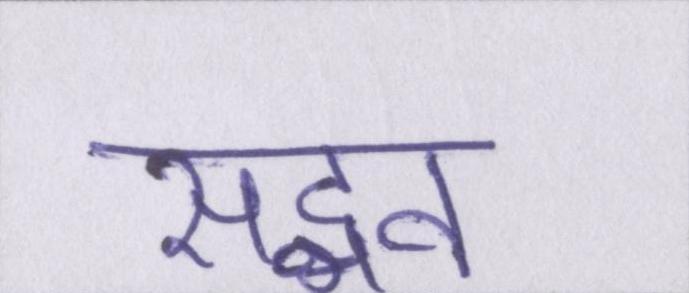
सद्भव